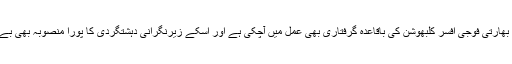
اسی صوبے سے بھارتی فوجی افسر کلبھوشن کی باقاعدہ گرفتاری بھی عمل میں آچکی ہے اور اسکے زیرنگرانی دہشتگردی کا پورا منصوبہ بھی بے نقاب ہوچکا ہے۔